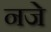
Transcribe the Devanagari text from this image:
नजे